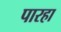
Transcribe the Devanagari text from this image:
पारहा